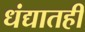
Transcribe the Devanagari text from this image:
धंद्यातही